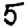
Digit: 5